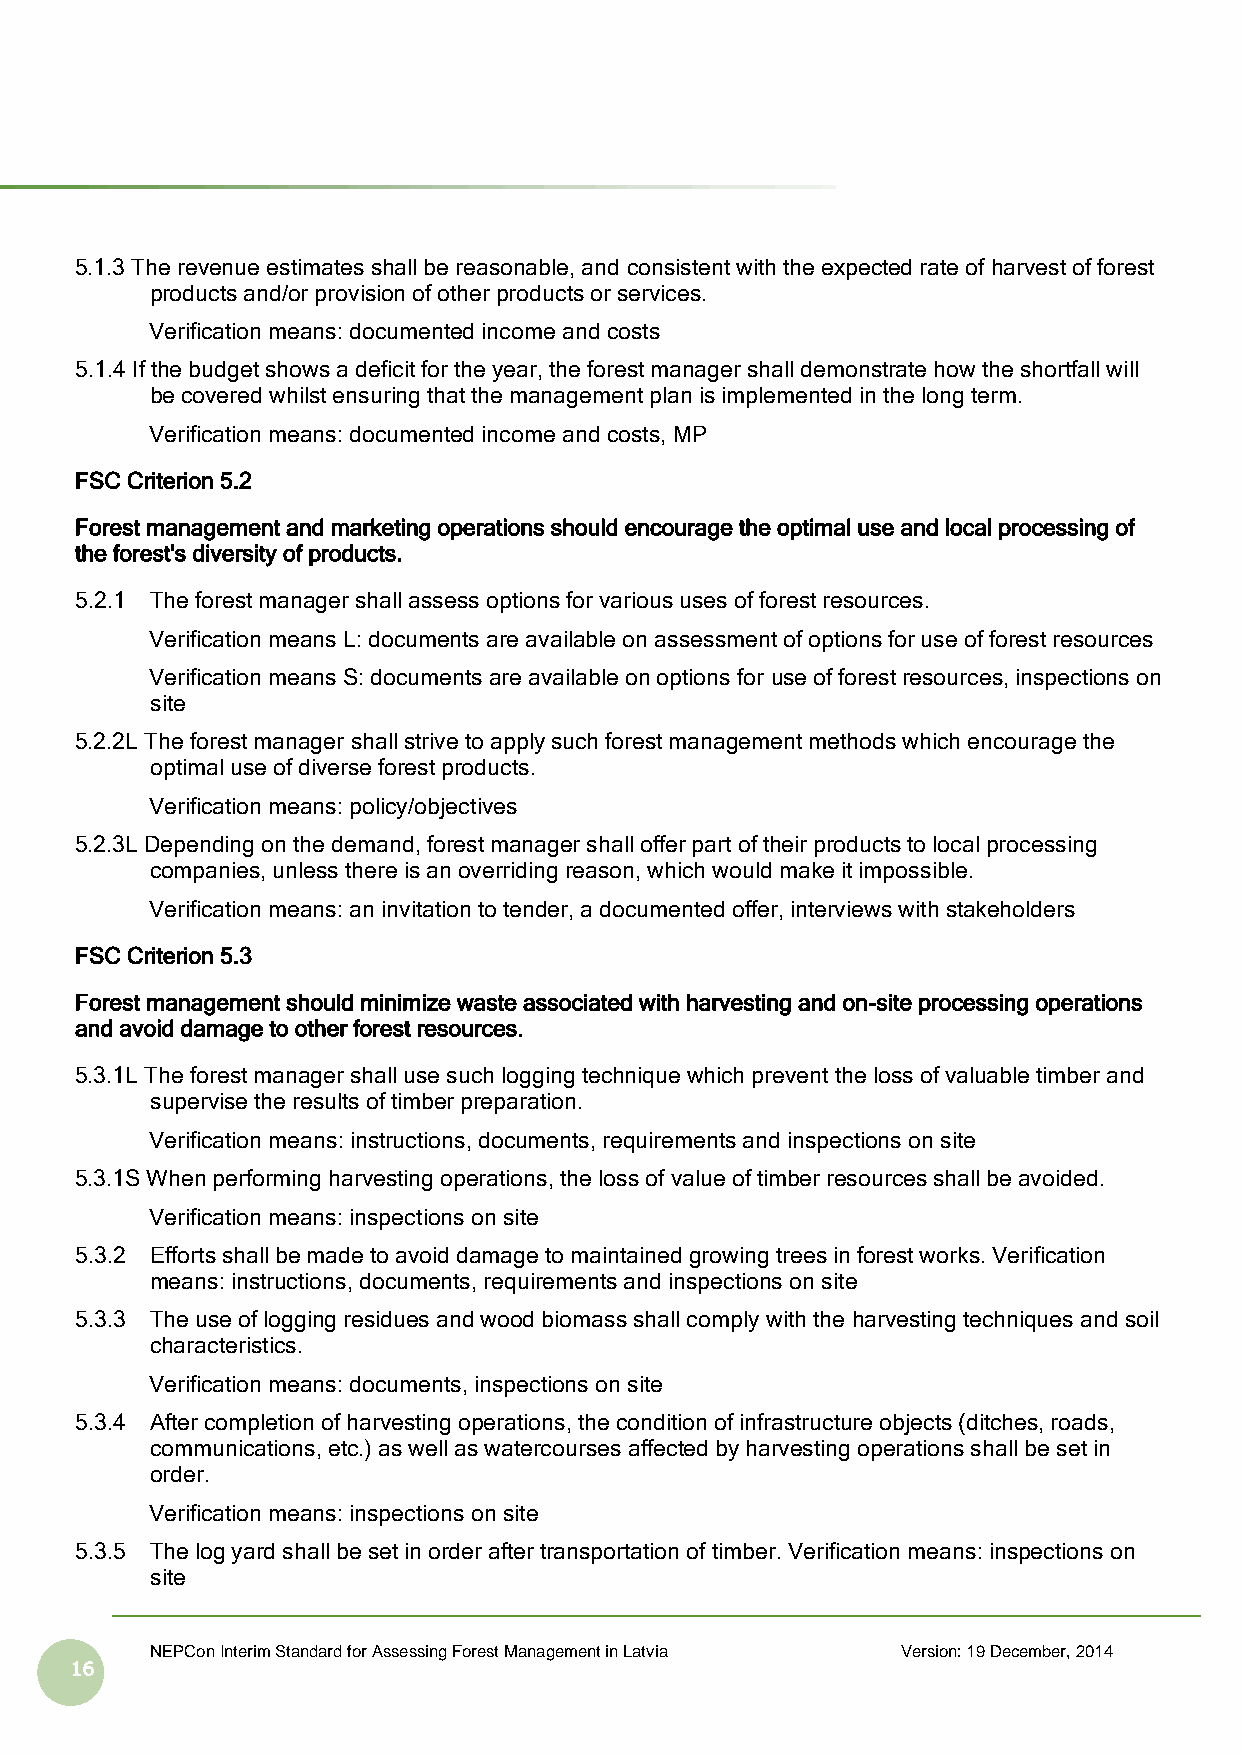
5.1.3 The revenue estimates shall be reasonable, and consistent with the expected rate of harvest of forest
 products and/or provision of other products or services.
 Verification means: documented income and costs
 5.1.4 If the budget shows a deficit for the year, the forest manager shall demonstrate how the shortfall will
 be covered whilst ensuring that the management plan is implemented in the long term.
 Verification means: documented income and costs, MP
 FSC Criterion 5.2
 Forest management and marketing operations should encourage the optimal use and local processing of
 the forest's diversity of products.
 5.2.1 The forest manager shall assess options for various uses of forest resources.
 Verification means L: documents are available on assessment of options for use of forest resources
 Verification means S: documents are available on options for use of forest resources, inspections on
 site
 5.2.2L The forest manager shall strive to apply such forest management methods which encourage the
 optimal use of diverse forest products.
 Verification means: policy/objectives
 5.2.3L Depending on the demand, forest manager shall offer part of their products to local processing
 companies, unless there is an overriding reason, which would make it impossible.
 Verification means: an invitation to tender, a documented offer, interviews with stakeholders
 FSC Criterion 5.3
 Forest management should minimize waste associated with harvesting and on-site processing operations
 and avoid damage to other forest resources.
 5.3.1L The forest manager shall use such logging technique which prevent the loss of valuable timber and
 supervise the results of timber preparation.
 Verification means: instructions, documents, requirements and inspections on site
 5.3.1S When performing harvesting operations, the loss of value of timber resources shall be avoided.
 Verification means: inspections on site
 5.3.2 Efforts shall be made to avoid damage to maintained growing trees in forest works. Verification
 means: instructions, documents, requirements and inspections on site
 5.3.3 The use of logging residues and wood biomass shall comply with the harvesting techniques and soil
 characteristics.
 Verification means: documents, inspections on site
 5.3.4 After completion of harvesting operations, the condition of infrastructure objects (ditches, roads,
 communications, etc.) as well as watercourses affected by harvesting operations shall be set in
 order.
 Verification means: inspections on site
 5.3.5 The log yard shall be set in order after transportation of timber. Verification means: inspections on
 site
 NEPCon Interim Standard for Assessing Forest Management in Latvia Version: 19 December, 2014
 16